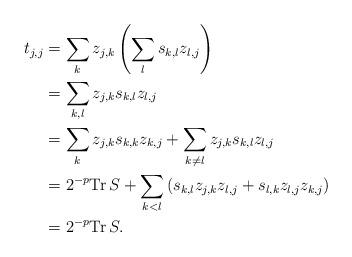
LaTeX: \begin{align*}t_{j,j} &=\sum_{k} z_{j,k} \left(\sum_{l}s_{k,l}z_{l,j}\right) \\&=\sum_{k,l} z_{j,k} s_{k,l} z_{l,j} \\&=\sum_{k} z_{j,k} s_{k,k} z_{k,j} +\sum_{k\neq l} z_{j,k} s_{k,l} z_{l,j}\\&=2^{-p}{\mathrm{Tr\,}} S +\sum_{k<l}\left( s_{k,l} z_{j,k}z_{l,j}+s_{l,k} z_{l,j}z_{k,j}\right)\\&=2^{-p}{\mathrm{Tr\,}} S.\end{align*}